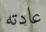
عادته